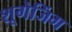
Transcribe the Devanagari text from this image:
शूगेजिंग